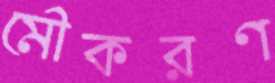
মৌকরণ